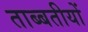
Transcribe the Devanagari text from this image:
ताब्बतीयों